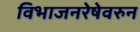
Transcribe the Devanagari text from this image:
विभाजनरेषेवरुन